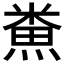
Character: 𪹦